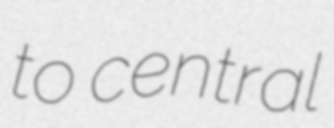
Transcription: to central